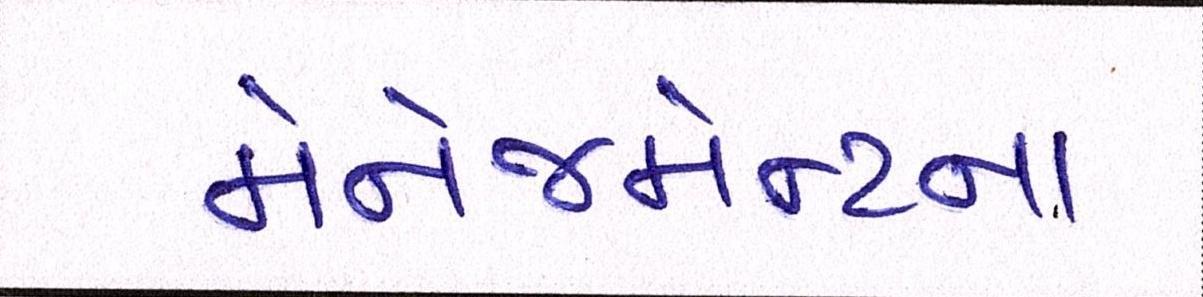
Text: મેનેજમેન્ટના